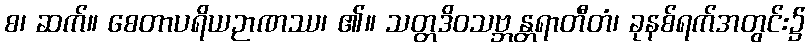
စ၊ ဆက်။ စေတာပရိယဉာဏဿ၊ ၏။ သတ္တဒိဝသဗ္ဘန္တရာတီတံ၊ ခုနစ်ရက်အတွင်း၌